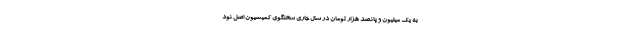
به یک میلیون و پانصد هزار تومان در سال جاری سخنگوی کمیسیون اصل نود